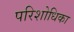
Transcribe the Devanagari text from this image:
परिशोधिका